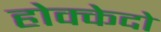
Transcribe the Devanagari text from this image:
होक्केदो